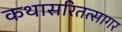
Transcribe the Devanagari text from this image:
कथासरितत्सागर